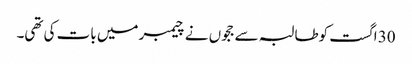
30 اگست کوطالبہ سے ججوں نے چیمبر میں بات کی تھی۔